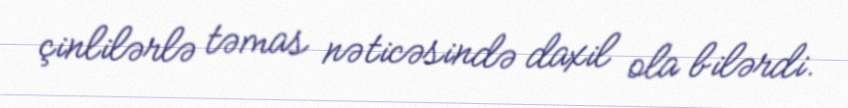
çinlilərlə təmas nəticəsində daxil ola bilərdi.